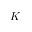
K